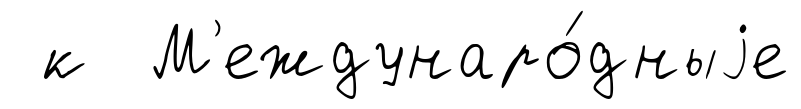
к М'еждунаро́дныjе